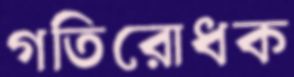
গতিরোধক